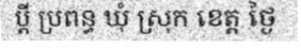
ប្តី ប្រពន្ធ ឃុំ ស្រុក ខេត្ត ថ្ងៃ